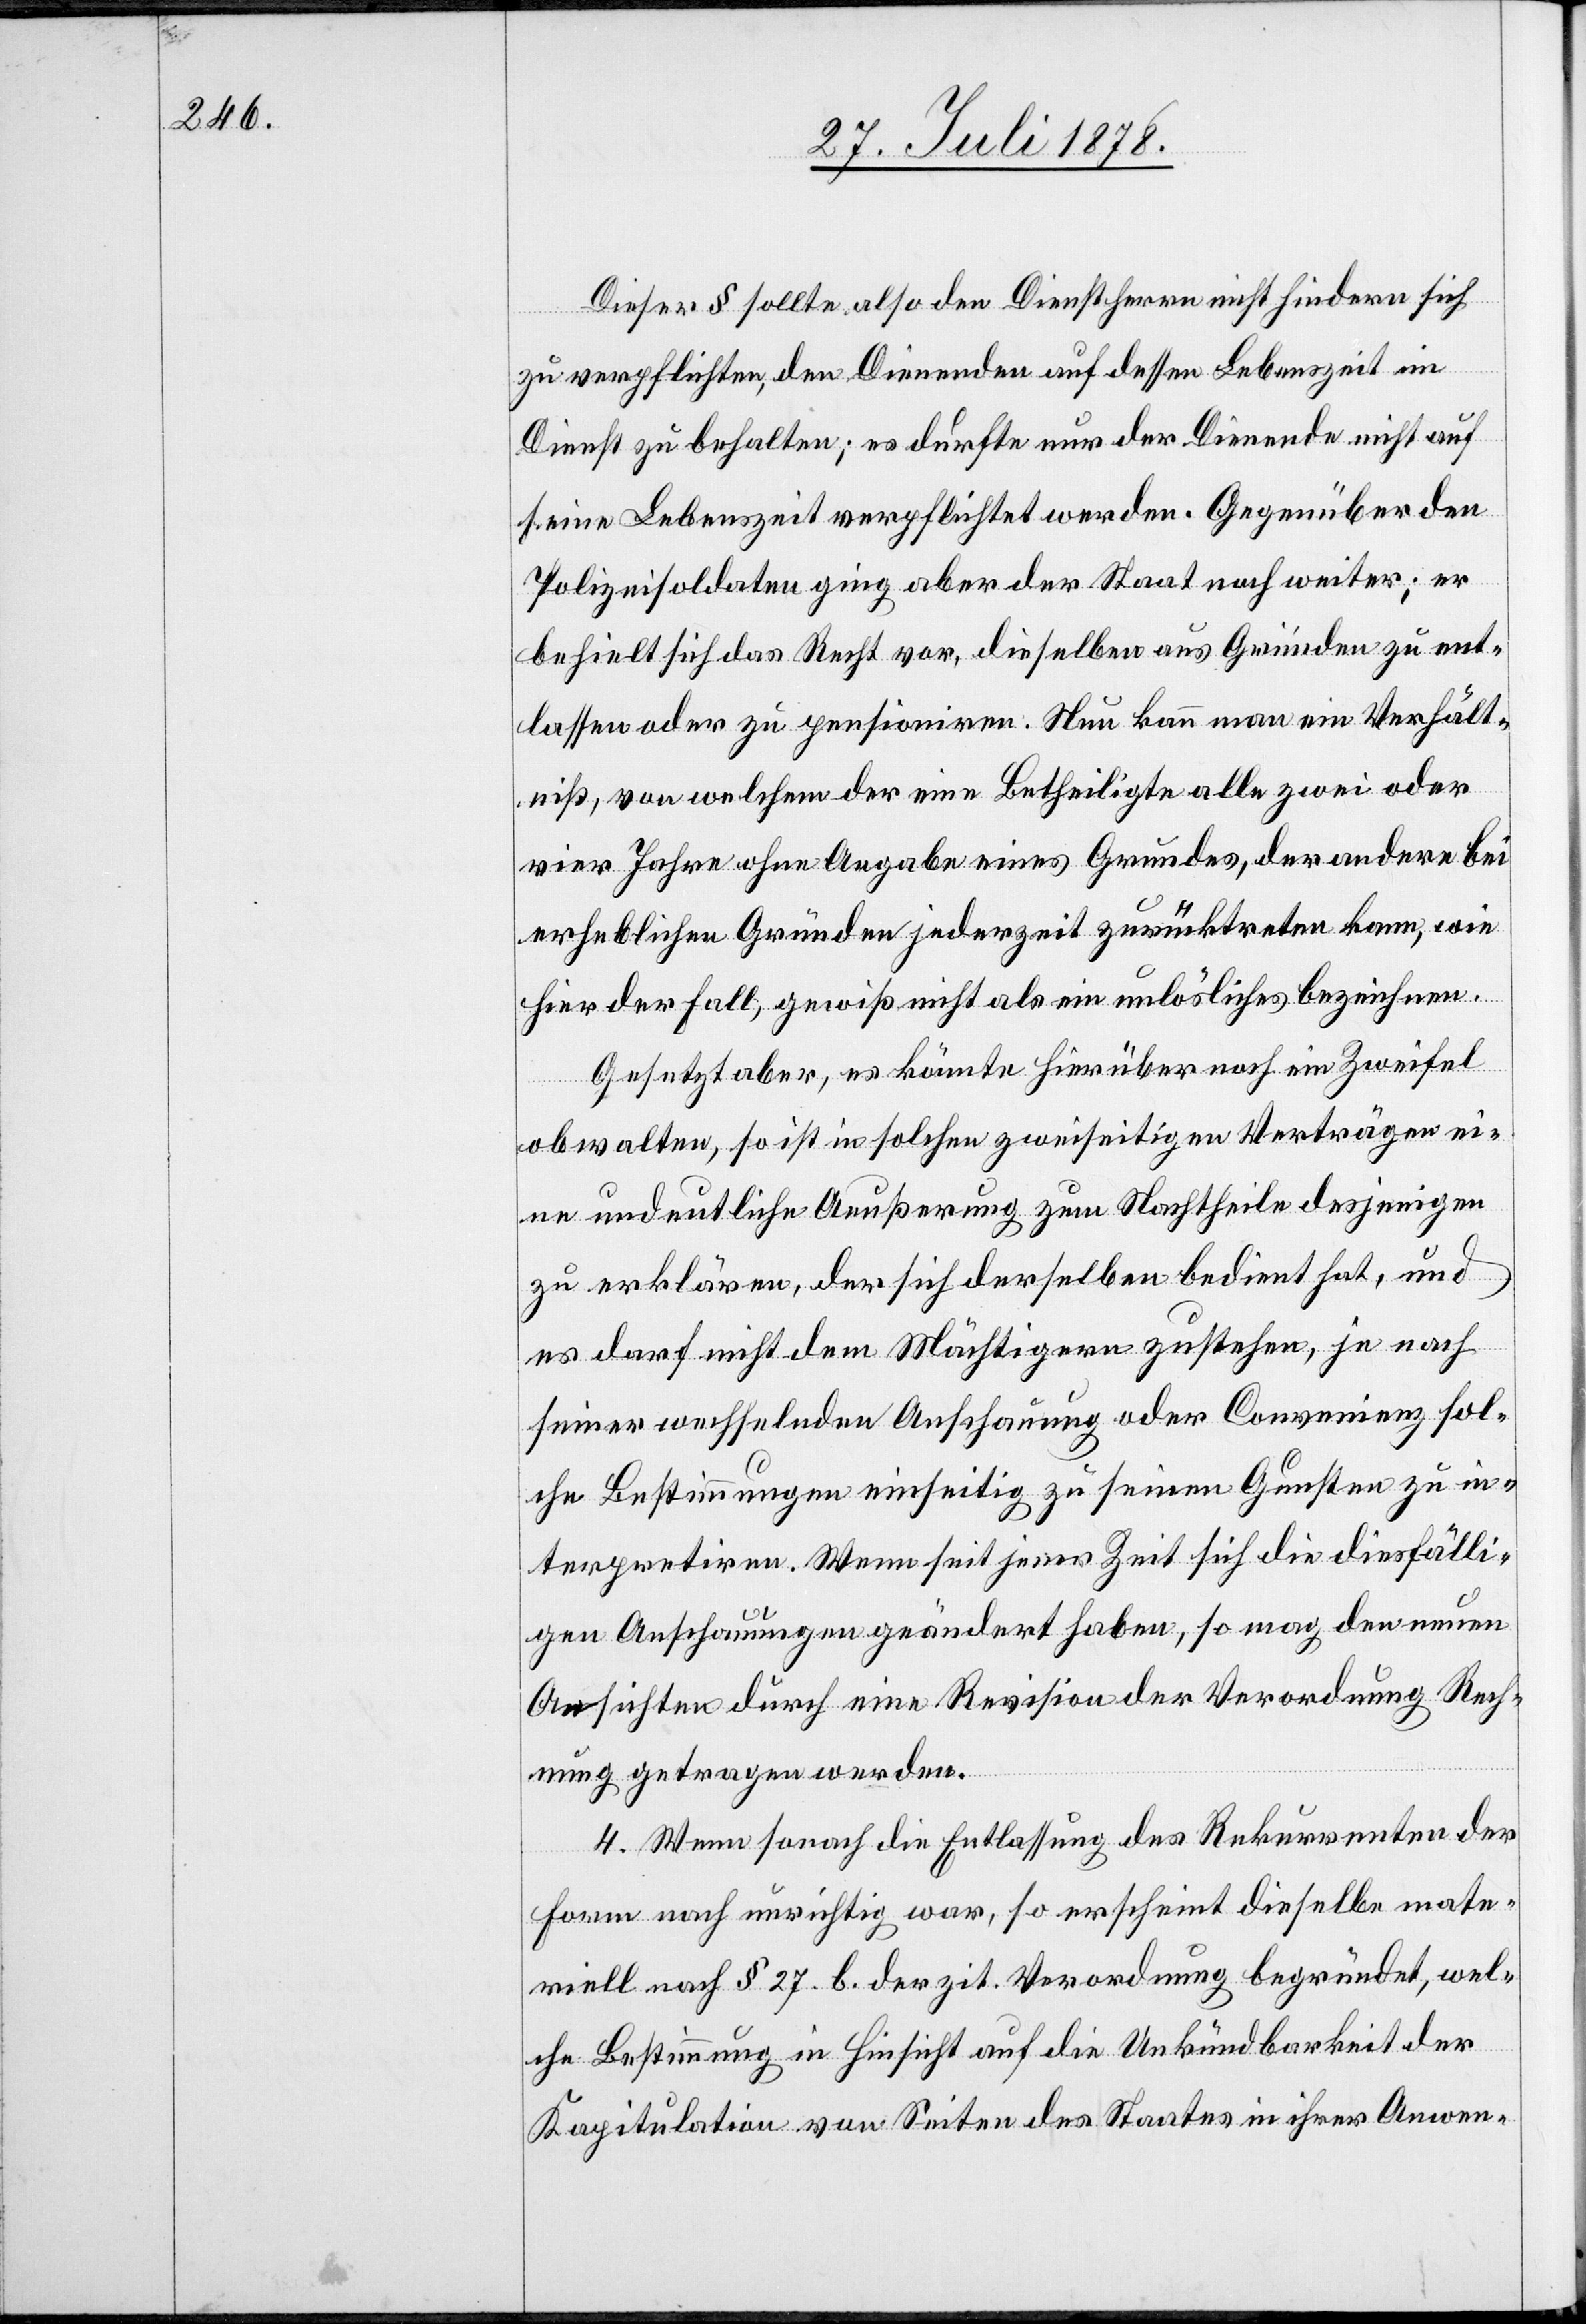
Dieser § sollte also den Dienstherrn nicht hindern sich
zu verpflichten, dem Dienenden auf dessen Lebenszeit im
Dienst zu behalten; es durfte nur der dienende nicht auf
seine Lebenszeit verpflichtet werden. Gegenüber den
Polizeisoldaten ging aber der Staat noch weiter; er
behielt sich das Recht vor, dieselben aus Gründen zu ent¬
lassen oder zu pensioniren. Neu kann man ein Verhält¬
niß, von welchem der eine Betheiligte alle zwei oder
vier Jahre ohne Angabe eines Grundes, der andere bei
erheblichen Gründen jederzeit zurücktreten kann, wie
hier der Fall, gewiß nicht als ein unlösliches bezeichnen.
Gesetzt aber, es könnte hierüber noch ein Zweifel
obwalten, so ist in solchen zweiseitigen Verträgen ei¬
ne undeutliche Aeußerung zum Nachtheile desjenigen
zu erklären, der sich derselben bedient hat, und
es darf nicht dem Mächtigen zustehen, je nach
seiner wechselnden Anschauung oder Convenienz sol¬
che Bestimmungen einseitig zu seinen Gunsten zu in¬
terpretiren. Wenn seit jener Zeit sich die diesfälli¬
gen Anschauung geändert haben, so mag den neuen
Ansichten durch eine Revision der Verordnung Rech¬
nung getragen werden.
4. Wenn sonach die Entlassung des Rekurrenten der
Form nach unrichtig war, so erscheint dieselbe mate¬
riell nach § 27. b. der zit. Verordnung begründet, wel¬
che Bestimmung in Hinsicht auf die Unkündbarkeit der
Kapitulation von Seiten des Staates in ihrer Anwen-